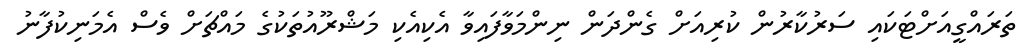
ތަރައްގީއަށްޓަކައި ސަރުކާރުން ކުރިއަށް ގެންދަން ނިންމަވާފައިވާ އެކިއެކި މަޝްރޫއުތަކުގެ މައްޗަށް ވެސް އެމަނިކުފާނު